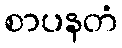
စာပနတံ